Mental hospitals Bombay report 1929-33 - 1929-1933
Year: 1929
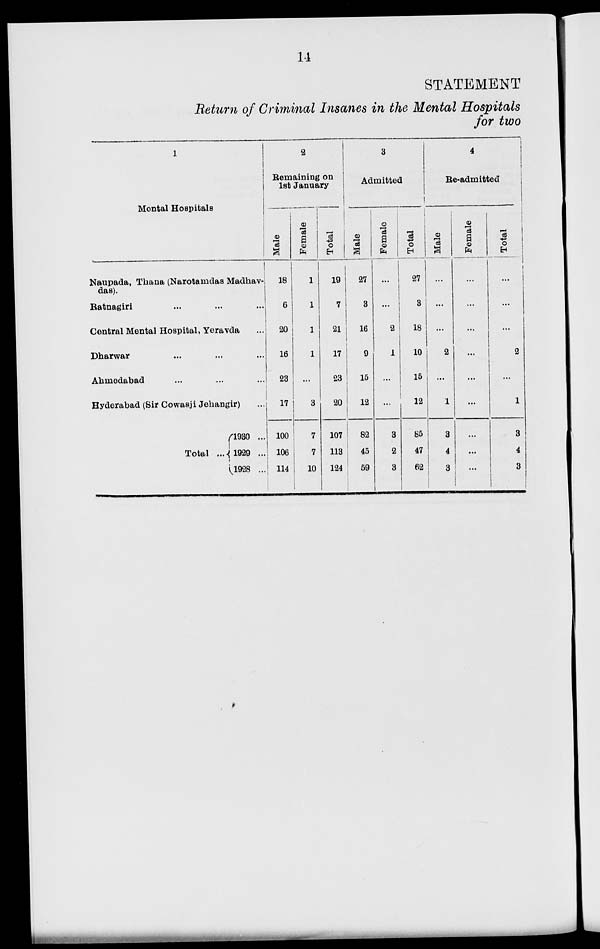
14
STATEMENT
Return of Criminal Insanes in the Mental Hospitals
for two
1
Montal Hospitals
Naupada, Thana (Narotamdas Madhav-
das).
Ratnagiri ... ... ...
Central Mental Hospital, Yeravda ...
Dharwar ... ... ...
Ahmedabad ... ... ...
Hyderabad (Sir Cowasji Jehangir)
Total ...
1930 ...
1929 ...
1928 ...
2
Remaining on
1st January
Male
18
6
20
16
23
17
100
106
114
Female
1
1
1
1
...
3
7
7
10
Total
19
7
21
17
23
20
107
113
124
3
Admitted
Male
27
3
16
9
15
12
82
45
59
Female
...
...
2
1
...
...
3
2
3
Total
27
3
18
10
15
12
85
47
62
4
Re-admitted
Male
...
...
...
2
...
1
3
4
3
Female
...
...
...
...
...
...
...
...
...
Total
...
...
...
2
...
1
3
4
3